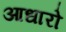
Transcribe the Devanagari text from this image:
आधारो